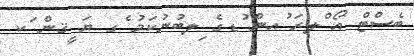
ބެސްޓް އޯ ްލރަ ުއން ުޑގެ ިލބުނުކަމު ެގ ޔަ ީޤން ަކ